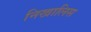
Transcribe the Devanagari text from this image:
निखालिस